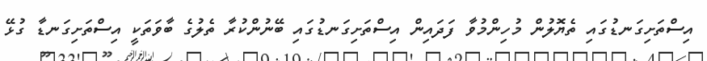
އިސްތަށިގަނޑުގައި ތެޔޮލުން މުހިންމުވާ ފަދައިން އިސްތަށިގަނޑުގައި ބޭނުންކުރާ ތެލުގެ ބާވަތަކީ އިސްތަށިގަނޑާ ގުޅޭ